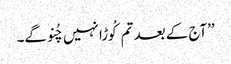
’’آج کے بعد تم کُوڑا نہیں چُنو گے۔